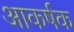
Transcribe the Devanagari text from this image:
आकर्षक